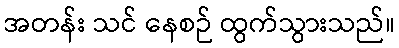
အတန်း သင် နေစဉ် ထွက်သွားသည်။